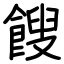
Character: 餿